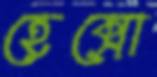
হেক্সো